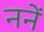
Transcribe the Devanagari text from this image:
ननें